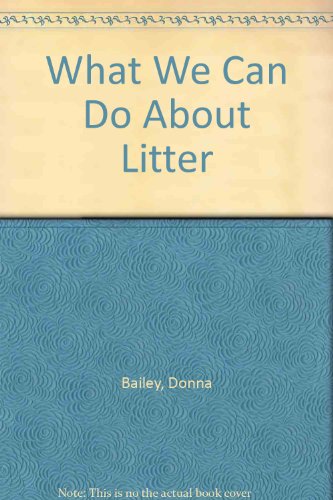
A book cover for What We Can Do About Litter; Donna Bailey; Science & Math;